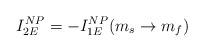
LaTeX: \begin{align*}I_{2E}^{NP}=-I_{1E}^{NP}(m_{s}\rightarrow m_{f})\end{align*}